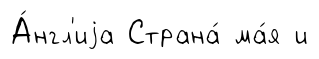
А́нгл'иjа Страна́ ма́я и